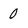
Character: 0